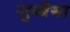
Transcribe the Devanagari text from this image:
सुब्बैया